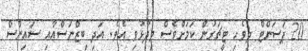
20 ޕަސަންޓް ދިވެހި ޓީޗަރުން ކަމަށްވެސް ވިދާޅުވި އެވެ. އަދި ބިޒްނަސްއާއި ސައިންސް